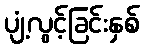
ပျံ့လွင့်ခြင်းနှစ်